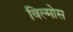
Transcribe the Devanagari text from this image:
विल्मोस